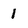
Character: 1